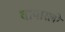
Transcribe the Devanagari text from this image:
वापारली